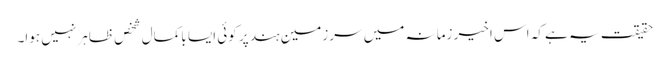
حقیقت یہ ہے کہ اس اخیر زمانہ میں سرزمینِ ہند پر کوئی ایسا باکمال شخص ظاہر نہیں ہوا۔